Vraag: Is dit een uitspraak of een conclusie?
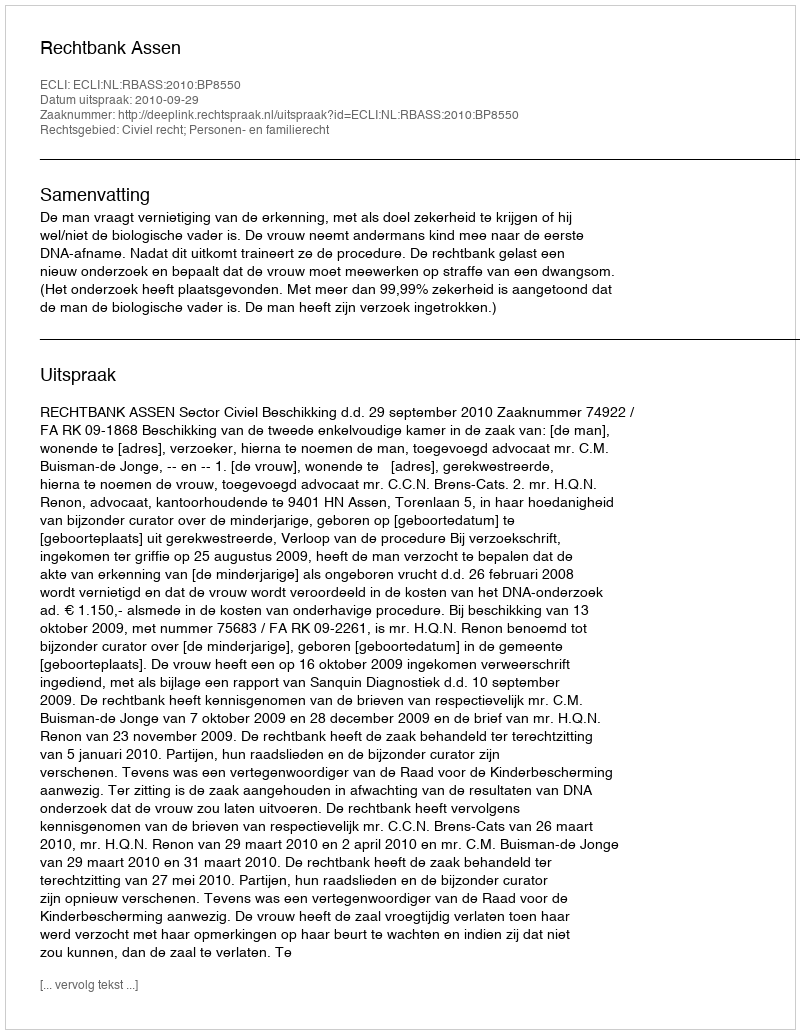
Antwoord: Uitspraak